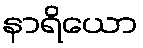
နာရိယော